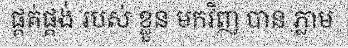
ផ្គត់ផ្គង់ របស់ ខ្លួន មកវិញ បាន ភ្លាម